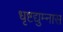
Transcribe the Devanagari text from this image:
धृष्टद्युम्नास